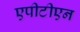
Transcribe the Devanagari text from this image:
एपीटीएन